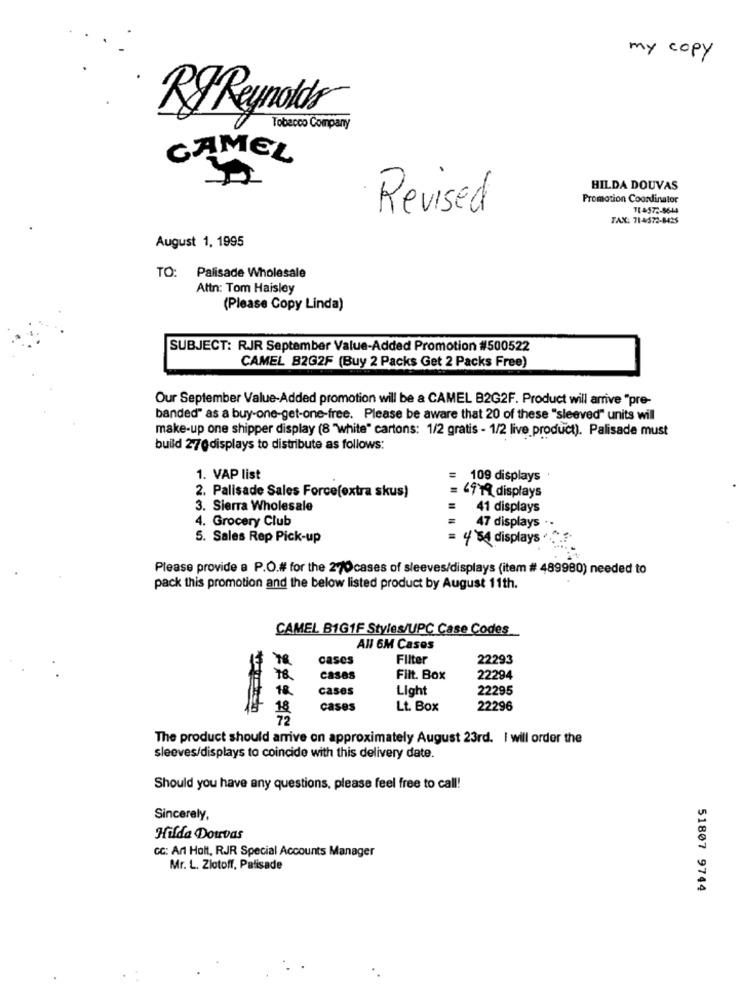
my copy
Rg Reynolds
Tobacco Company
CAMEL
HILDA DOUVAS
Promotion Coordinator
Revised
114572-9644
FAX: 714:572-8425
August 1, 1995
TO: Palisade Wholesale
Attn: Tom Haisley
(Please Copy Linda)
SUBJECT: RJR September Value-Added Promotion #500522
CAMEL 82G2F (Buy 2 Packs Get 2 Packs Free)
Our September Value-Added promotion will be a CAMEL B2G2F. Product will arrive "pre-
banded" as a buy-one-get-one-free. Please be aware that 20 of these "sleeved" units will
make-up one shipper display (8 "white" cartons: 1/2 gratis - 1/2 live product). Palisade must
build 270displays to distribute as follows:
1. VAP list
109 displays
69M displays
2. Palisade Sales Force(extra skus)
3. Sierra Wholesale
41 displays
4. Grocery Club
47 displays .
5. Sales Rep Pick-up
= 4'54 displays *
Please provide a P.O.# for the 270cases of sleeves/displays (item # 489980) needed to
pack this promotion and the below listed product by August 11th.
CAMEL B1G1F Styles/UPC Case Codes
AN 6M Cases
cases
Filter
22293
78
CASAS
Filt. Box
22294
18
cases
Light
22295
18
cases
Lt. Box
22296
72
The product should arrive on approximately August 23rd. I will order the
sleeves/displays to coincide with this delivery date.
Should you have any questions, please feel free to call!
Sincerely,
Hilda Douvas
CC: Art Holt, RJR Special Accounts Manager
Mr. L. Zlotoff, Palisade
51807 9744